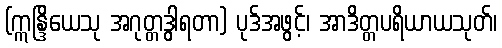
(ဣန္ဒြိယေသု အဂုတ္တဒွါရတာ) ပုဒ်အဖွင့်၊ အာဒိတ္တပရိယာယသုတ်၊